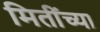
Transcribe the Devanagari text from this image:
मितींच्या